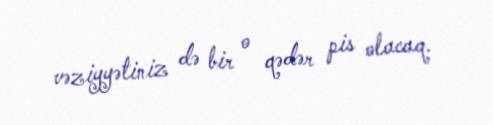
vəziyyətiniz də bir o qədər pis olacaq.